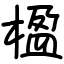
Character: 楹